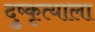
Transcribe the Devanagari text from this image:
दुष्कृत्याला